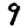
Digit: 9